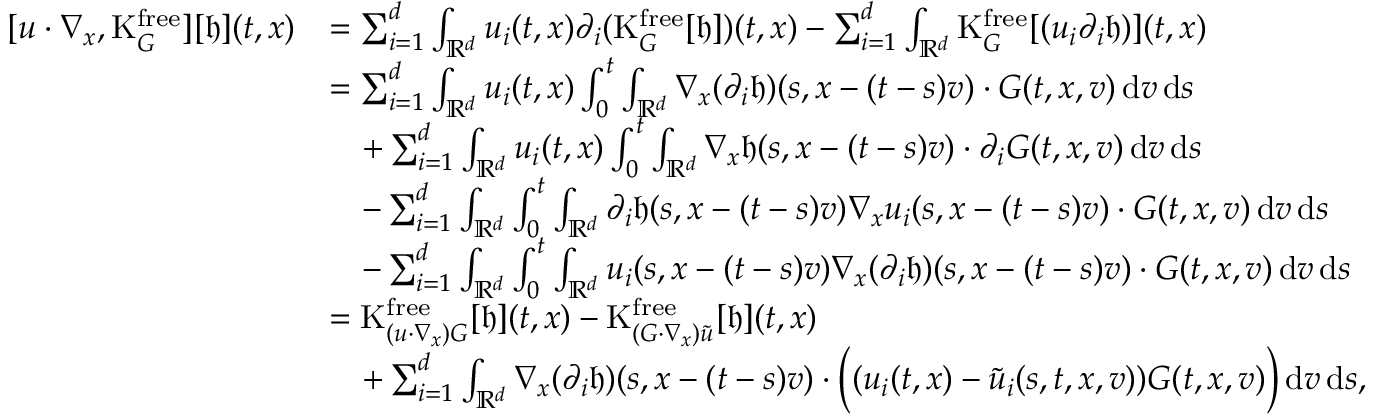
\begin{array} { r l } { [ u \cdot \nabla _ { x } , \mathrm { K } _ { G } ^ { \mathrm { f r e e } } ] [ \mathfrak { h } ] ( t , x ) } & { = \sum _ { i = 1 } ^ { d } \int _ { \mathbb R ^ { d } } u _ { i } ( t , x ) \partial _ { i } ( \mathrm { K } _ { G } ^ { \mathrm { f r e e } } [ \mathfrak { h } ] ) ( t , x ) - \sum _ { i = 1 } ^ { d } \int _ { \mathbb R ^ { d } } \mathrm { K } _ { G } ^ { \mathrm { f r e e } } [ ( u _ { i } \partial _ { i } \mathfrak { h } ) ] ( t , x ) } \\ & { = \sum _ { i = 1 } ^ { d } \int _ { \mathbb R ^ { d } } u _ { i } ( t , x ) \int _ { 0 } ^ { t } \int _ { \mathbb R ^ { d } } \nabla _ { x } ( \partial _ { i } \mathfrak { h } ) ( s , x - ( t - s ) v ) \cdot G ( t , x , v ) \, \mathrm { d } v \, \mathrm { d } s } \\ & { \quad + \sum _ { i = 1 } ^ { d } \int _ { \mathbb R ^ { d } } u _ { i } ( t , x ) \int _ { 0 } ^ { t } \int _ { \mathbb R ^ { d } } \nabla _ { x } \mathfrak { h } ( s , x - ( t - s ) v ) \cdot \partial _ { i } G ( t , x , v ) \, \mathrm { d } v \, \mathrm { d } s } \\ & { \quad - \sum _ { i = 1 } ^ { d } \int _ { \mathbb R ^ { d } } \int _ { 0 } ^ { t } \int _ { \mathbb R ^ { d } } \partial _ { i } \mathfrak { h } ( s , x - ( t - s ) v ) \nabla _ { x } u _ { i } ( s , x - ( t - s ) v ) \cdot G ( t , x , v ) \, \mathrm { d } v \, \mathrm { d } s } \\ & { \quad - \sum _ { i = 1 } ^ { d } \int _ { \mathbb R ^ { d } } \int _ { 0 } ^ { t } \int _ { \mathbb R ^ { d } } u _ { i } ( s , x - ( t - s ) v ) \nabla _ { x } ( \partial _ { i } \mathfrak { h } ) ( s , x - ( t - s ) v ) \cdot G ( t , x , v ) \, \mathrm { d } v \, \mathrm { d } s } \\ & { = \mathrm { K } _ { ( u \cdot \nabla _ { x } ) G } ^ { \mathrm { f r e e } } [ \mathfrak { h } ] ( t , x ) - \mathrm { K } _ { ( G \cdot \nabla _ { x } ) \widetilde { u } } ^ { \mathrm { f r e e } } [ \mathfrak { h } ] ( t , x ) } \\ & { \quad + \sum _ { i = 1 } ^ { d } \int _ { \mathbb R ^ { d } } \nabla _ { x } ( \partial _ { i } \mathfrak { h } ) ( s , x - ( t - s ) v ) \cdot \Big ( ( u _ { i } ( t , x ) - \widetilde { u } _ { i } ( s , t , x , v ) ) G ( t , x , v ) \Big ) \, \mathrm { d } v \, \mathrm { d } s , } \end{array}